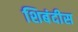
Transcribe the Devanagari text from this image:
शिबंदीस